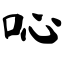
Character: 吣